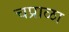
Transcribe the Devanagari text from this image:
चप्राळा